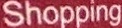
Shopping